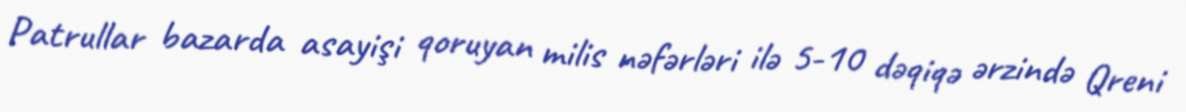
Patrullar bazarda asayişi qoruyan milis nəfərləri ilə 5-10 dəqiqə ərzində Qreni